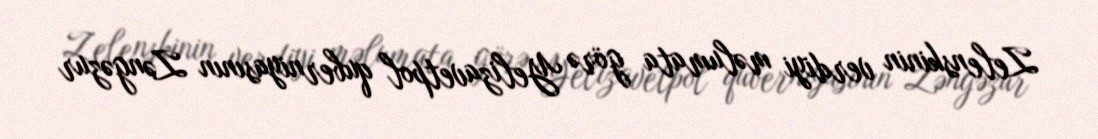
Zelenskinin verdiyi məlumata görə Yelizavetpol quberniyasının Zəngəzur